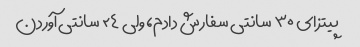
پیتزای ۳۰ سانتی سفارش دادم، ولی ۲۴ سانتی آوردن